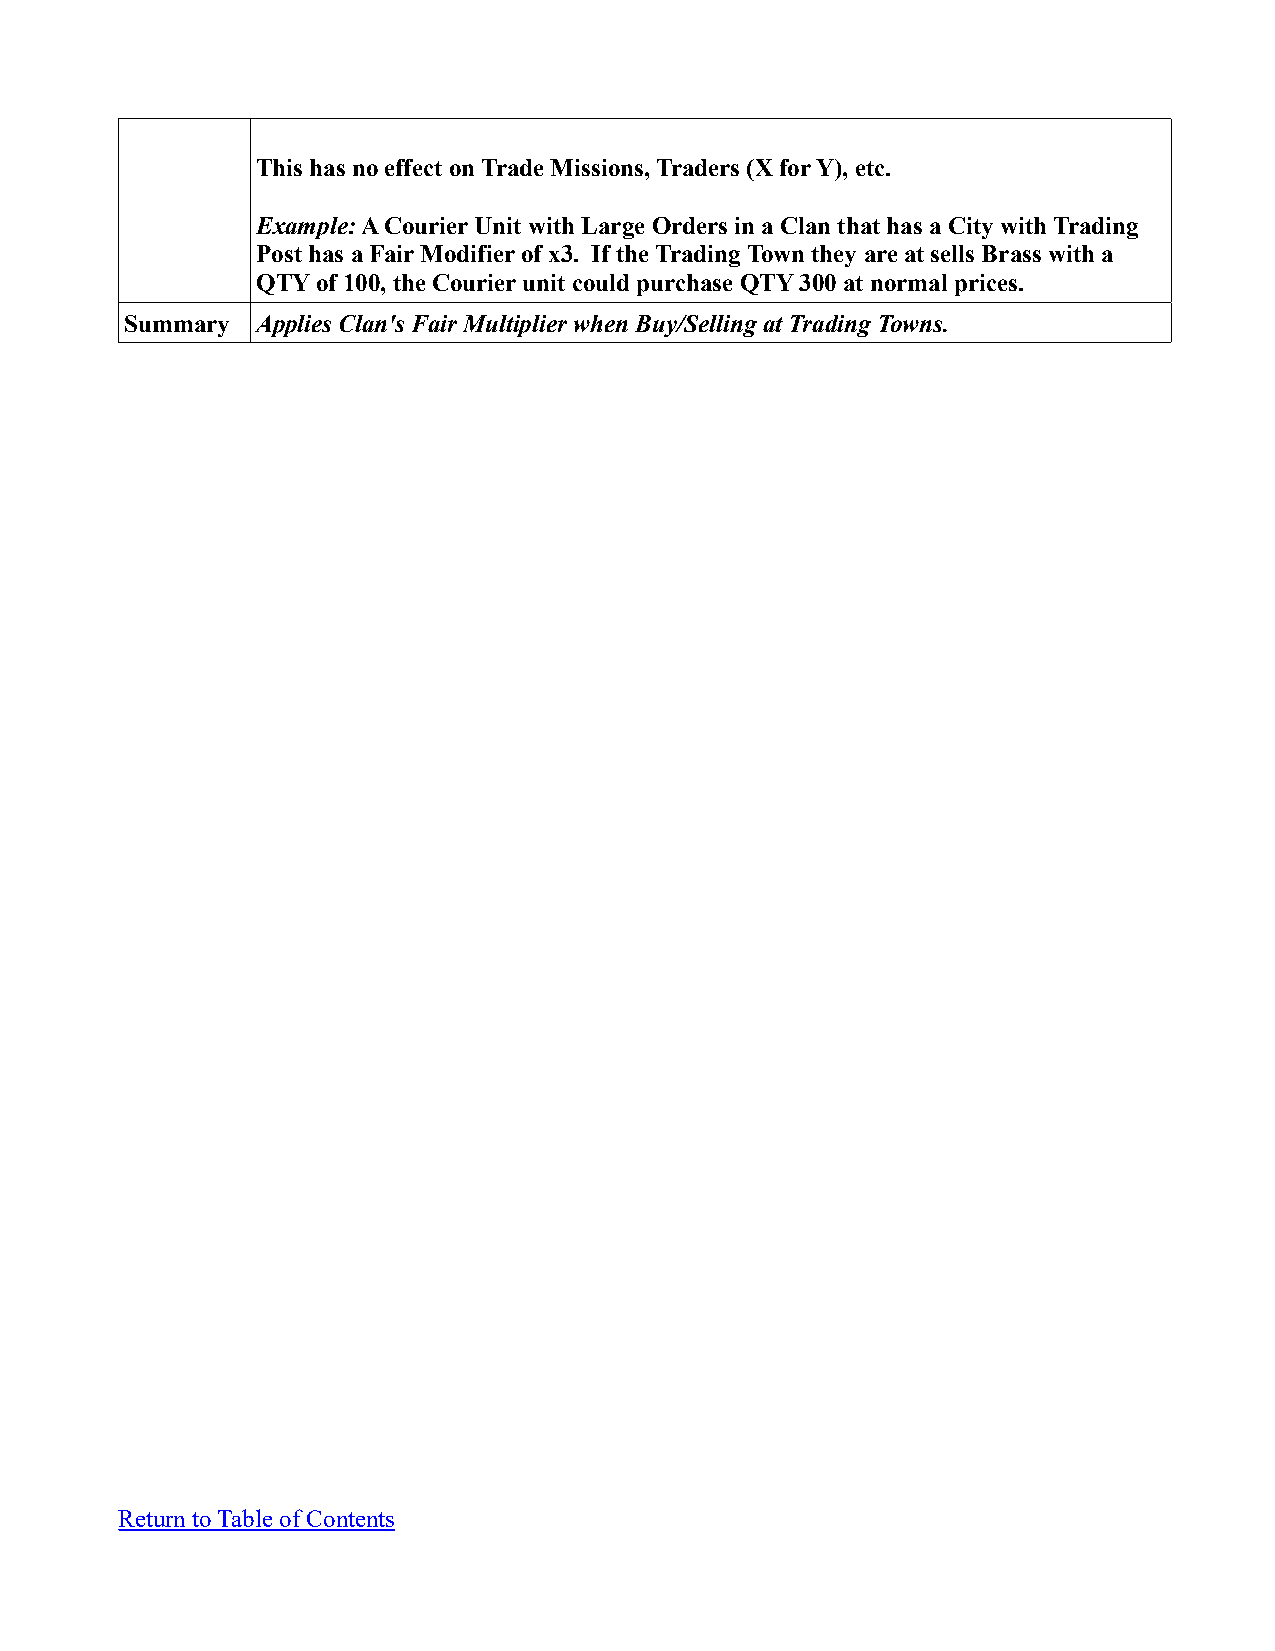
This has no effect on Trade Missions, Traders (X for Y), etc.
 Example: A Courier Unit with Large Orders in a Clan that has a City with Trading
 Post has a Fair Modifier of x3. If the Trading Town they are at sells Brass with a
 QTY of 100, the Courier unit could purchase QTY 300 at normal prices.
 Summary  Applies Clan's Fair Multiplier when Buy/Selling at Trading Towns.
 Return to Table of Contents